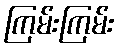
ကြမ်းကြမ်း